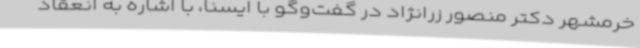
خرمشهر دکتر منصور زرا‌نژاد در گفت‌وگو با ایسنا، با اشاره به انعقاد